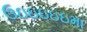
ઉઇઇઇઇઇમા